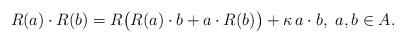
LaTeX: \begin{align*}R(a) \cdot R(b) = R \big( R(a) \cdot b + a \cdot R(b) \big) + \kappa ~ \! a \cdot b, ~ a, b \in A.\end{align*}